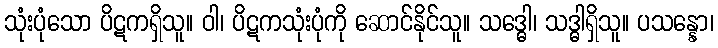
သုံးပုံသော ပိဋကရှိသူ။ ဝါ၊ ပိဋကသုံးပုံကို ဆောင်နိုင်သူ။ သဒ္ဓေါ၊ သဒ္ဓါရှိသူ။ ပသန္နော၊